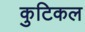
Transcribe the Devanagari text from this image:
कुटिकल